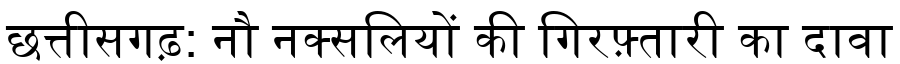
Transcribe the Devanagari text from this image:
छत्तीसगढ़: नौ नक्सलियों की गिरफ़्तारी का दावा